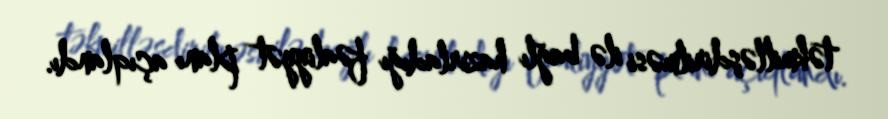
təkmilləşdirilməsi ilə bağlı hazırladığı fəaliyyət planı açıqlandı.